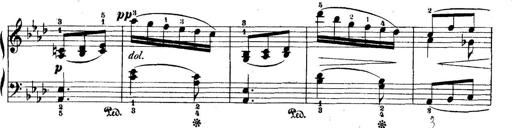
Title: 5 Sonatinas
Composer: Theodor Kirchner